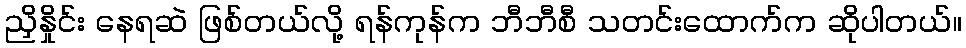
ညှိနှိုင်း နေရဆဲ ဖြစ်တယ်လို့ ရန်ကုန်က ဘီဘီစီ သတင်းထောက်က ဆိုပါတယ်။